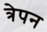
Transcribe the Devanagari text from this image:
त्रेपन